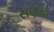
સણવા